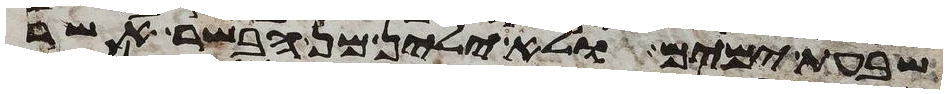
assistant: שבעת ימים ולא ילין מן הבשר אשר